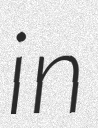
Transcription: in